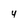
Character: 4